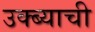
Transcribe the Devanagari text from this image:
उक्ब्याची